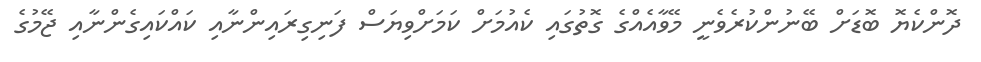
ދޮންކެޔޮ ބޮޑަށް ބޭނުންކުރެވެނީ މޭވާއެއްގެ ގޮތުގައި ކެއުމަށް ކަމަށްވިޔަސް ފަނިގިރައިންނާއި ކައްކައިގެންނާއި ޖޭމުގެ